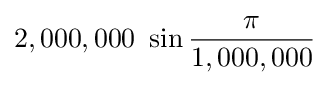
2,000,000\ \sin {\frac {\pi }{1,000,000}}